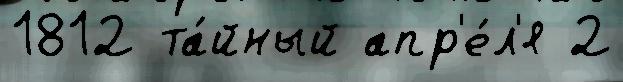
1812 та́йный апр'е́л'я 2